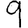
Digit: 9